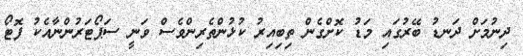
ދިނުމަށް ދަނޑު ބޭރުގައި މަޑު ކޮށްގެން ތިބިއިރު ކުޅުންތެރިންވެސް ވަނީ ސަޕޯޓަރުންނާއެކު ފޮޓޯ